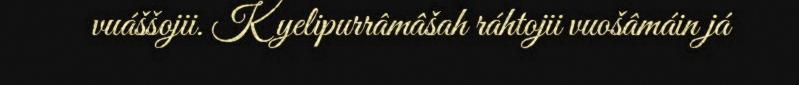
vuáššojii. Kyelipurrâmâšah ráhtojii vuošâmáin já